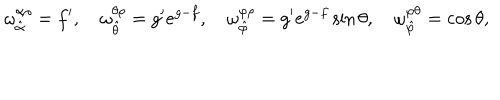
\omega _ { \hat { \alpha } } ^ { \alpha \rho } = f ^ { \prime } , \quad \omega _ { \hat { \theta } } ^ { \theta \rho } = g ^ { \prime } e ^ { g - f } , \quad \omega _ { \hat { \varphi } } ^ { \varphi \rho } = g ^ { \prime } e ^ { g - f } \sin \theta , \quad \omega _ { \hat { \varphi } } ^ { \varphi \theta } = \cos \theta ,